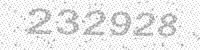
Solution: 232928